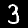
Label: 3